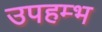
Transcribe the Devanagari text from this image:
उपहम्भ